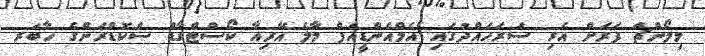
މިލޯންޗް ފަރަށް އެރި ސަރަހައްދުގައި އެމްއެންޑީއެފް މާލެ އޭރިއާ ކޯސްޓްގާޑް ސްކޮޑްރަންގެ ހާބަރ